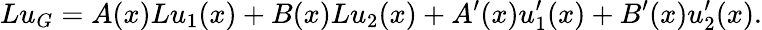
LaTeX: Lu_{G}=A(x)Lu_{1}(x)+B(x)Lu_{2}(x)+A^{\prime}(x)u_{1}^{\prime}(x)+B^{\prime}(x)u_{2}^{\prime}(x).